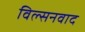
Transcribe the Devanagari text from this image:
विल्सनवाद